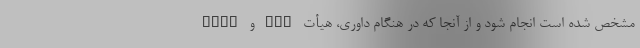
FIAP و PSA مشخص شده است انجام شود و از آنجا که در هنگام داوری، هیأت